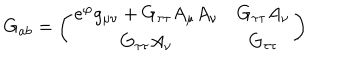
G _ { a b } = \left( \begin{matrix} { { e ^ { \varphi } g _ { \mu \nu } + G _ { \tau \tau } A _ { \mu } A _ { \nu } } } & { { G _ { \tau \tau } A _ { \nu } } } \\ { { G _ { \tau \tau } A _ { \nu } } } & { { G _ { \tau \tau } } } \\ \end{matrix} \right)